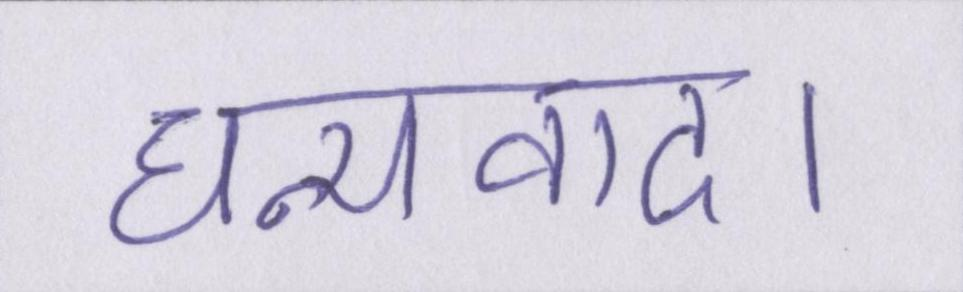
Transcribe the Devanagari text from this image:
धन्यवाद।